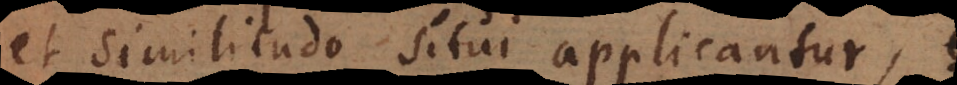
et Similitudo situi applicantur,